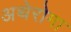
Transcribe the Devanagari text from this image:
अथेरोमा